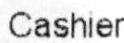
CASHIER